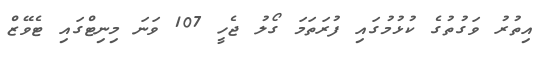
އިތުރު ވަގުތުގެ ކުޅުމުގައި ފުރަތަމަ ގޯލު ޖެހީ 107 ވަނަ މިނިޓްގައި ޓެވޭޒް